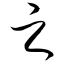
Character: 之